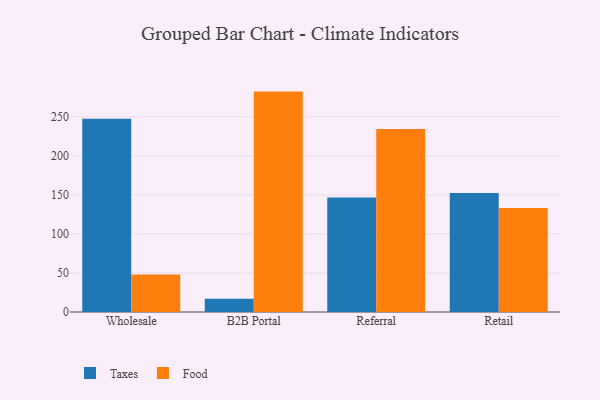
{"axis": {"x": "Channel", "y": "Shipments"}, "legend": ["Food", "Taxes"], "data": [{"x": "Wholesale", "y": 247.4, "type": "Taxes"}, {"x": "Wholesale", "y": 48.0, "type": "Food"}, {"x": "B2B Portal", "y": 17.0, "type": "Taxes"}, {"x": "B2B Portal", "y": 282.3, "type": "Food"}, {"x": "Referral", "y": 146.6, "type": "Taxes"}, {"x": "Referral", "y": 234.4, "type": "Food"}, {"x": "Retail", "y": 152.5, "type": "Taxes"}, {"x": "Retail", "y": 133.3, "type": "Food"}]}